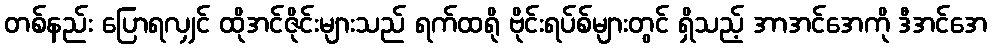
တစ်နည်း ပြောရလျှင် ထိုအင်ဇိုင်းများသည် ရက်ထရို ဗိုင်းရပ်စ်များတွင် ရှိသည့် အာအင်အေကို ဒီအင်အေ